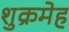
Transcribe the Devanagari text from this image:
शुक्रमेह